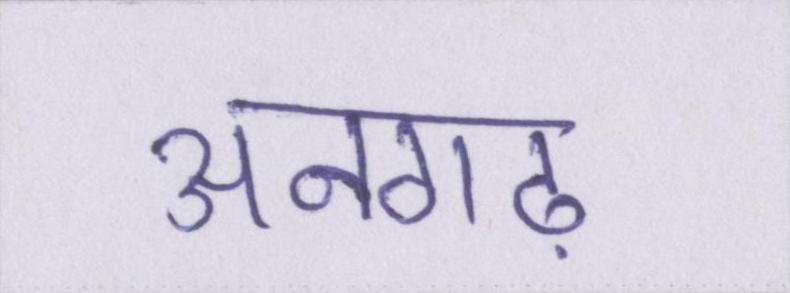
अनगढ़